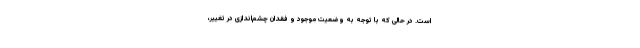
است. در حالی که با توجه به وضعیت موجود و فقدان چشم‌اندازی در تغییر،